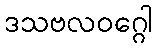
ဒသဗလဝဂ္ဂေါ